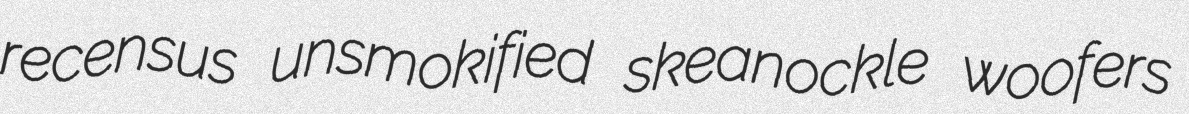
recensus unsmokified skeanockle woofers